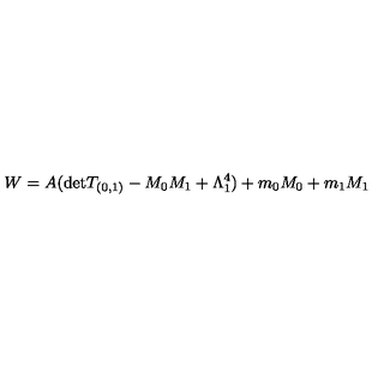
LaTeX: W = A ( \mathrm { d e t } T _ { ( 0 , 1 ) } - M _ { 0 } M _ { 1 } + \Lambda _ { 1 } ^ { 4 } ) + m _ { 0 } M _ { 0 } + m _ { 1 } M _ { 1 }